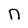
Character: n